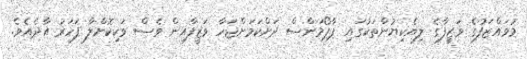
މުވައްޒަފުގެ ވަޒީފާގެ ލިޔެކިޔުންތަކުގައި ޕާޕޯމަންސް ދަށްކަމަށްޖަހާ ވަޒީފާއިން ވެސް ވަކިކޮށްލާ ފަހަރު އާދެއެވެ.